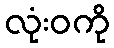
လုံးဝကို